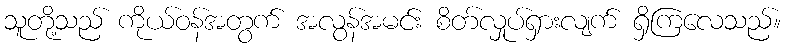
သူတို့သည် ကိုယ်ဝန်အတွက် အလွန်အမင်း စိတ်လှုပ်ရှားလျက် ရှိကြလေသည်။